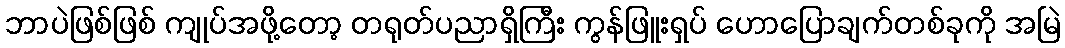
ဘာပဲဖြစ်ဖြစ် ကျုပ်အဖို့တော့ တရုတ်ပညာရှိကြီး ကွန်ဖြူးရှပ် ဟောပြောချက်တစ်ခုကို အမြဲ